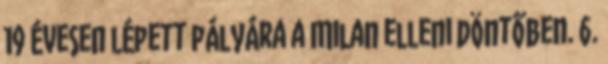
19 évesen lépett pályára a Milan elleni döntőben. 6.